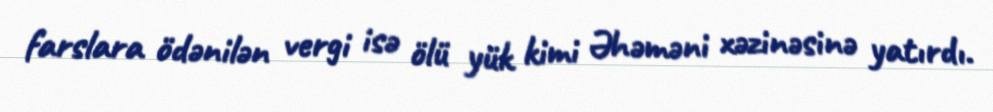
farslara ödənilən vergi isə ölü yük kimi Əhəməni xəzinəsinə yatırdı.